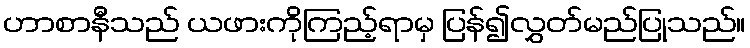
ဟာစာနီသည် ယဖားကိုကြည့်ရာမှ ပြန်၍လွှတ်မည်ပြုသည်။